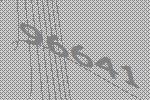
96641